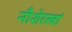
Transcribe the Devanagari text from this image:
नौशेरखां